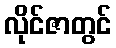
လိုင်ဇာတွင်